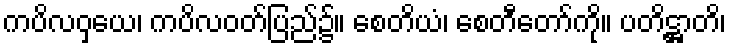
ကပိလဝှယေ၊ ကပိလဝတ်ပြည်၌။ စေတိယံ၊ စေတီတော်ကို။ ပတိဋ္ဌာတိ၊